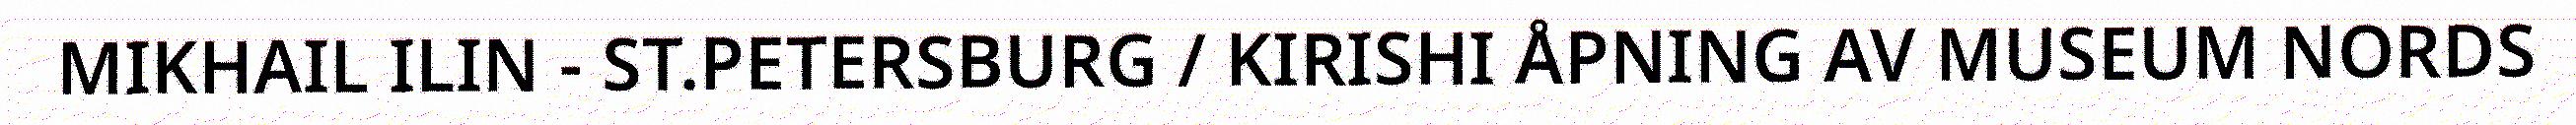
MIKHAIL ILIN - ST.PETERSBURG / KIRISHI ÅPNING AV MUSEUM NORDS